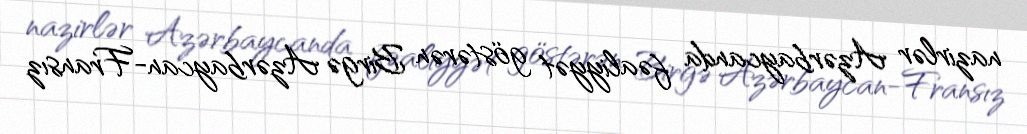
nazirlər Azərbaycanda fəaliyyət göstərən Birgə Azərbaycan-Fransız